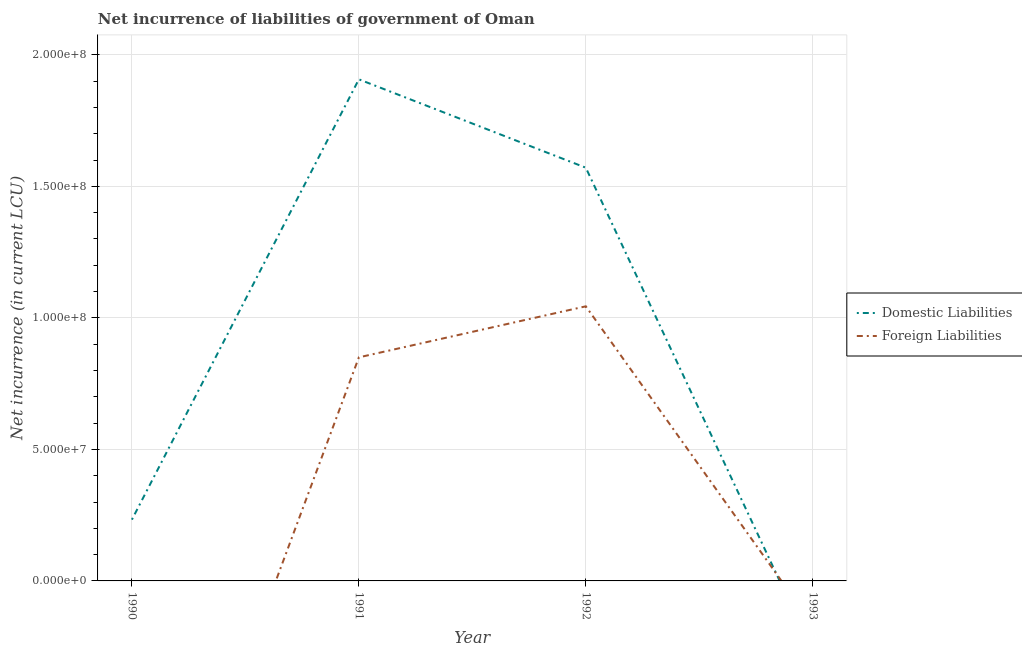
| Year | Domestic Liabilities | Foreign Liabilities |
 | --- | --- | --- |
 | 1990 | 2.33e+07 | -1.47e+08 |
 | 1991 | 1.91e+08 | 8.5e+07 |
 | 1992 | 1.57e+08 | 1.04e+08 |
 | 1993 | -2.68e+07 | -1.67e+07 |